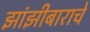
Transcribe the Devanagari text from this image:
झांझीबाराचे